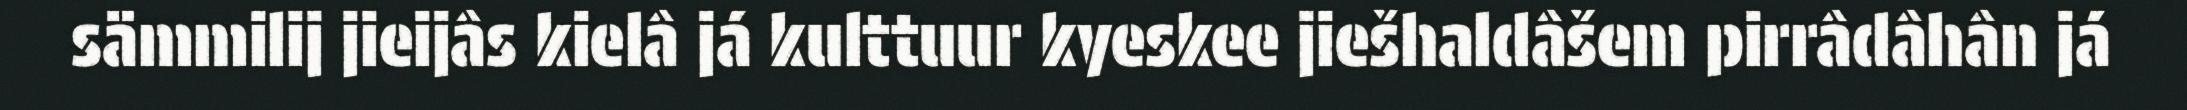
sämmilij jieijâs kielâ já kulttuur kyeskee jiešhaldâšem pirrâdâhân já